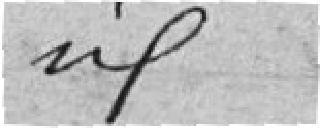
idem